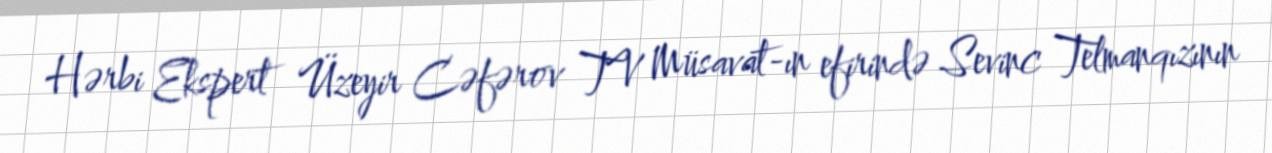
Hərbi Ekspert Üzeyir Cəfərov TV Müsavat-ın efirində Sevinc Telmanqızının